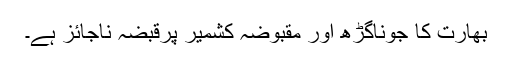
بھارت کا جوناگڑھ اور مقبوضہ کشمیر پرقبضہ ناجائز ہے۔